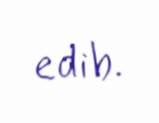
edib.